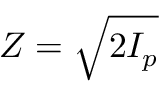
Z = \sqrt { 2 I _ { p } }